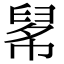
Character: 𢄚